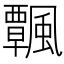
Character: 𩙀